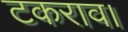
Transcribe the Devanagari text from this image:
टकराव।